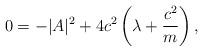
LaTeX: \begin{align*}0=-|A|^2 + 4c^2\left ( \lambda +\frac{c^2}{m}\right ) ,\end{align*}